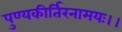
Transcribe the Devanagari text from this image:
पुण्यकीर्तिरनामयः।।